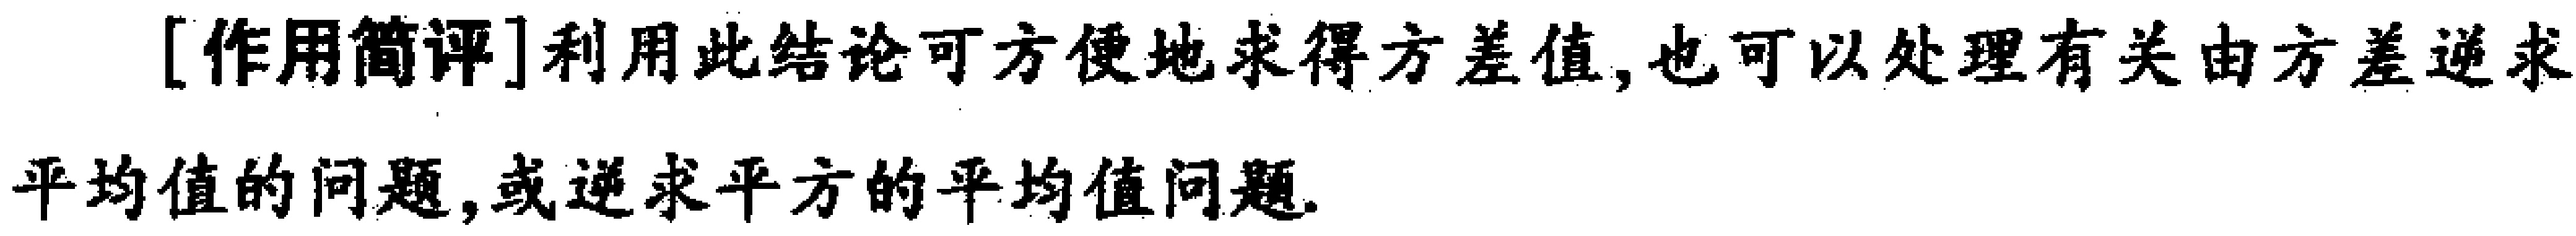
[作用简评]利用此结论可方便地求得方差值,也可以处理有关由方差逆求平均值的问题,或逆求平方的平均值问题.